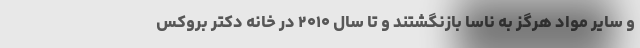
و سایر مواد هرگز به ناسا بازنگشتند و تا سال ۲۰۱۰ در خانه دکتر بروکس